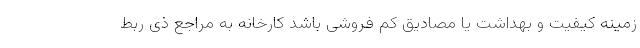
زمینه کیفیت و بهداشت یا مصادیق کم فروشی باشد کارخانه به مراجع ذی ربط